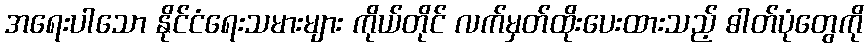
အရေးပါသော နိုင်ငံရေးသမားများ ကိုယ်တိုင် လက်မှတ်ထိုးပေးထားသည့် ဓါတ်ပုံတွေကို